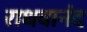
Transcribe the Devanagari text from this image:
राधवानंद